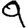
Digit: 9